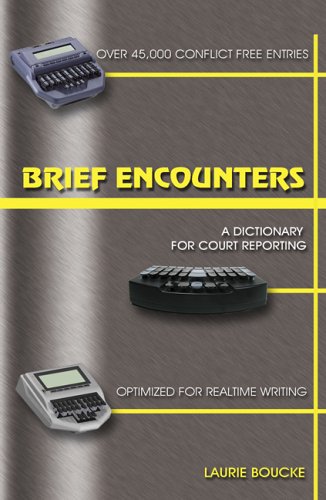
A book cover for Brief Encounters: A Dictionary for Court Reporting; Laurie Boucke; Business & Money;